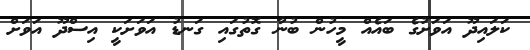
ކަލައިދޫ އަވަށުގެ ބައެއް މީހުން ބުނާ ގޮތުގައި ގަނޑު އަވަށަކީ އިސްދޫ އަވަށް